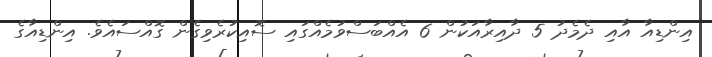
އިންޑިއާ އާއި ދެމެދު 5 ދާއިރާއަކުން 6 އެއްބަސްވުމެއްގައި ސޮއިކުރެވިގެން ގޮއްސައެވެ. އިންޑިއާގެ